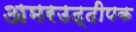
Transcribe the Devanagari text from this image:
अमरउद्दीपक